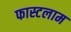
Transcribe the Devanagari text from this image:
फास्टलाम